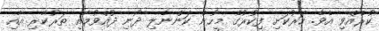
ކުރެއްވި އެވެ. ހަރުކަށި ފިކުރުގެ މީހުން ކަންނެލި ދޯނި ދުއްވުމާއި ތަރުކާރި އާއި